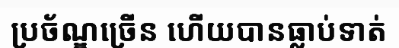
ប្រច័ណ្ឌច្រើន ហើយបានធ្លាប់ទាត់